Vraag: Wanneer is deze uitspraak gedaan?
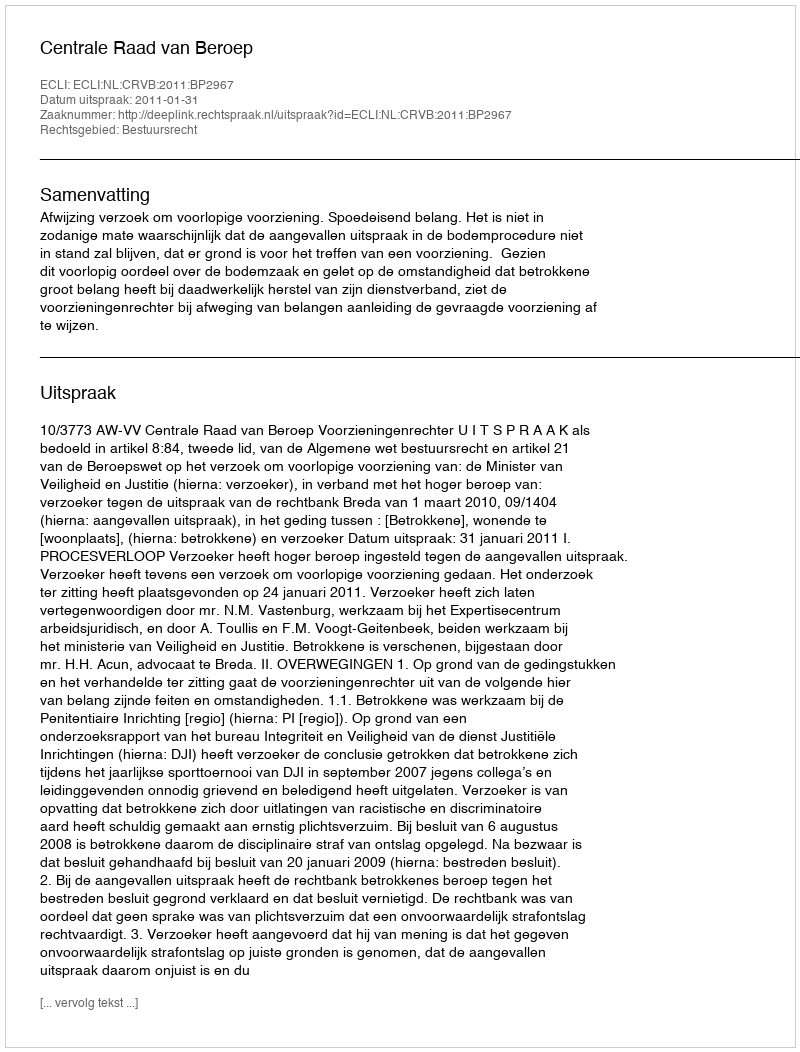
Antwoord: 2011-01-31